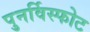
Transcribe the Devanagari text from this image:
पुनर्विस्फोट